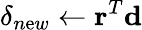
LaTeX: \delta_{n\mathrm{e}w}\leftarrow\mathbf{{r}}^{T}\mathbf{{d}}